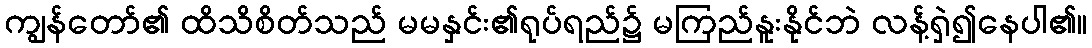
ကျွန်တော်၏ ထိသိစိတ်သည် မမနှင်း၏ရုပ်ရည်၌ မကြည်နူးနိုင်ဘဲ လန့်ရှဲ၍နေပါ၏။